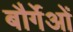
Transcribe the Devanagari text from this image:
बौर्गेओं